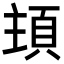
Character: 𩒊